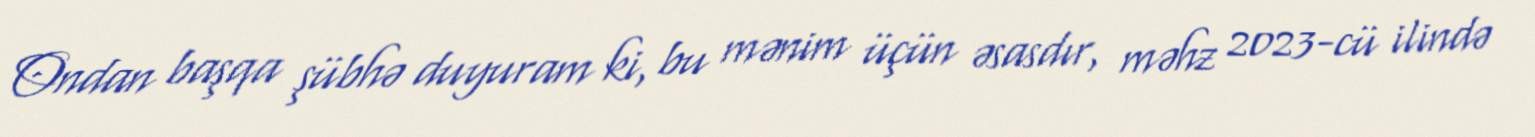
Ondan başqa şübhə duyuram ki, bu mənim üçün əsasdır, məhz 2023-cü ilində